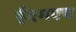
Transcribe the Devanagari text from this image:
ईएमएच